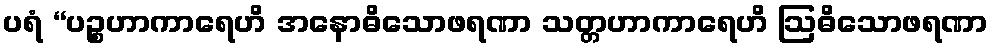
ပရံ “ပဉ္စဟာကာရေဟိ အနောဓိသောဖရဏာ သတ္တဟာကာရေဟိ ဩဓိသောဖရဏာ